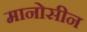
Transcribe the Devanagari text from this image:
मानोसीन